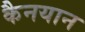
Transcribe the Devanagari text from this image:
कैनयान